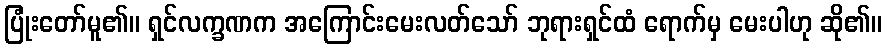
ပြုံးတော်မူ၏။ ရှင်လက္ခဏက အကြောင်းမေးလတ်သော် ဘုရားရှင်ထံ ရောက်မှ မေးပါဟု ဆို၏။